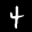
Label: 4